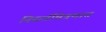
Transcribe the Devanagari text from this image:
निसर्गचित्रणात